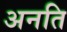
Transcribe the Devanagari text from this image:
अनति